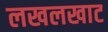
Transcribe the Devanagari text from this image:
लखलखाट